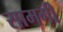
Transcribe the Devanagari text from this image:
सामगीं